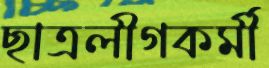
ছাত্রলীগকর্মী